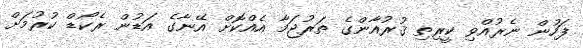
ފަހުން ނެރުއްވި ކީރިތި ޤުރުއާންގެ ތަރުޖަމާ އެއްކޮށް އޭނާގެ އަޑުން ރެކޯޑް ކުރުމަށް